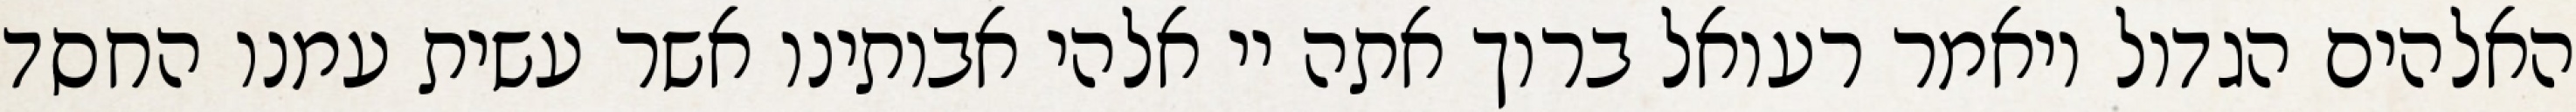
האלהים הגדול ויאמר רעואל ברוך אתה יי אלהי אבותינו אשר עשית עמנו החסד